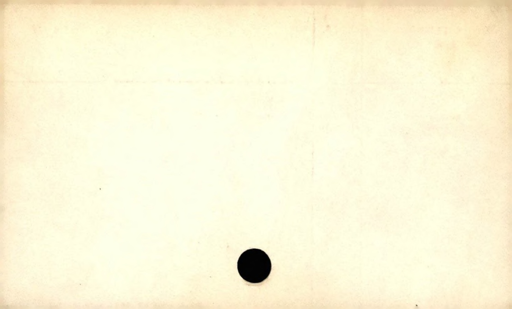
Label: blank